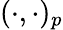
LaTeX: {(\cdot,\cdot)_{p}}